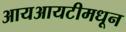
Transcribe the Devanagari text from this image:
आयआयटीमधून